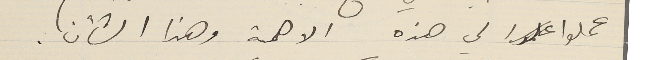
عملوا لي هذه الاهمية وهذا الشأن.